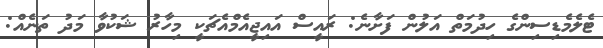
ޓެލެމެޑިސިންގެ ހިދުމަތް އަލުން ފަށާނެ: ރައީސް އައިޖީއެމްއެޗަކީ މިހާރު ޝަކުވާ މަދު ތަނެއް: